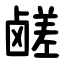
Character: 鹾